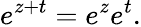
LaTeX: e^{z+t}=e^{z}e^{t}.